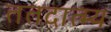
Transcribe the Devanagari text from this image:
ततदात्म्य